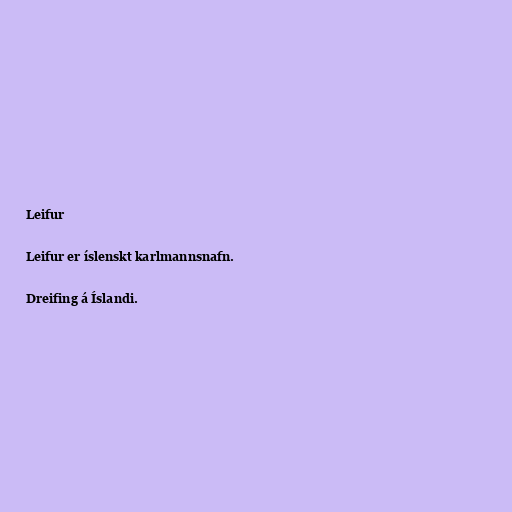
Leifur

Leifur er íslenskt karlmannsnafn.

Dreifing á Íslandi.